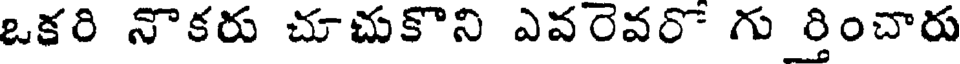
ఒకరి నొకరు చూచుకొని ఎవరెవరో గు ర్తించారు